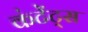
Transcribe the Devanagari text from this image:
कंटेंट्स